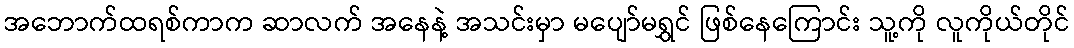
အဘောက်ထရစ်ကာက ဆာလက် အနေနဲ့ အသင်းမှာ မပျော်မရွှင် ဖြစ်နေကြောင်း သူ့ကို လူကိုယ်တိုင်